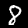
Digit: 8